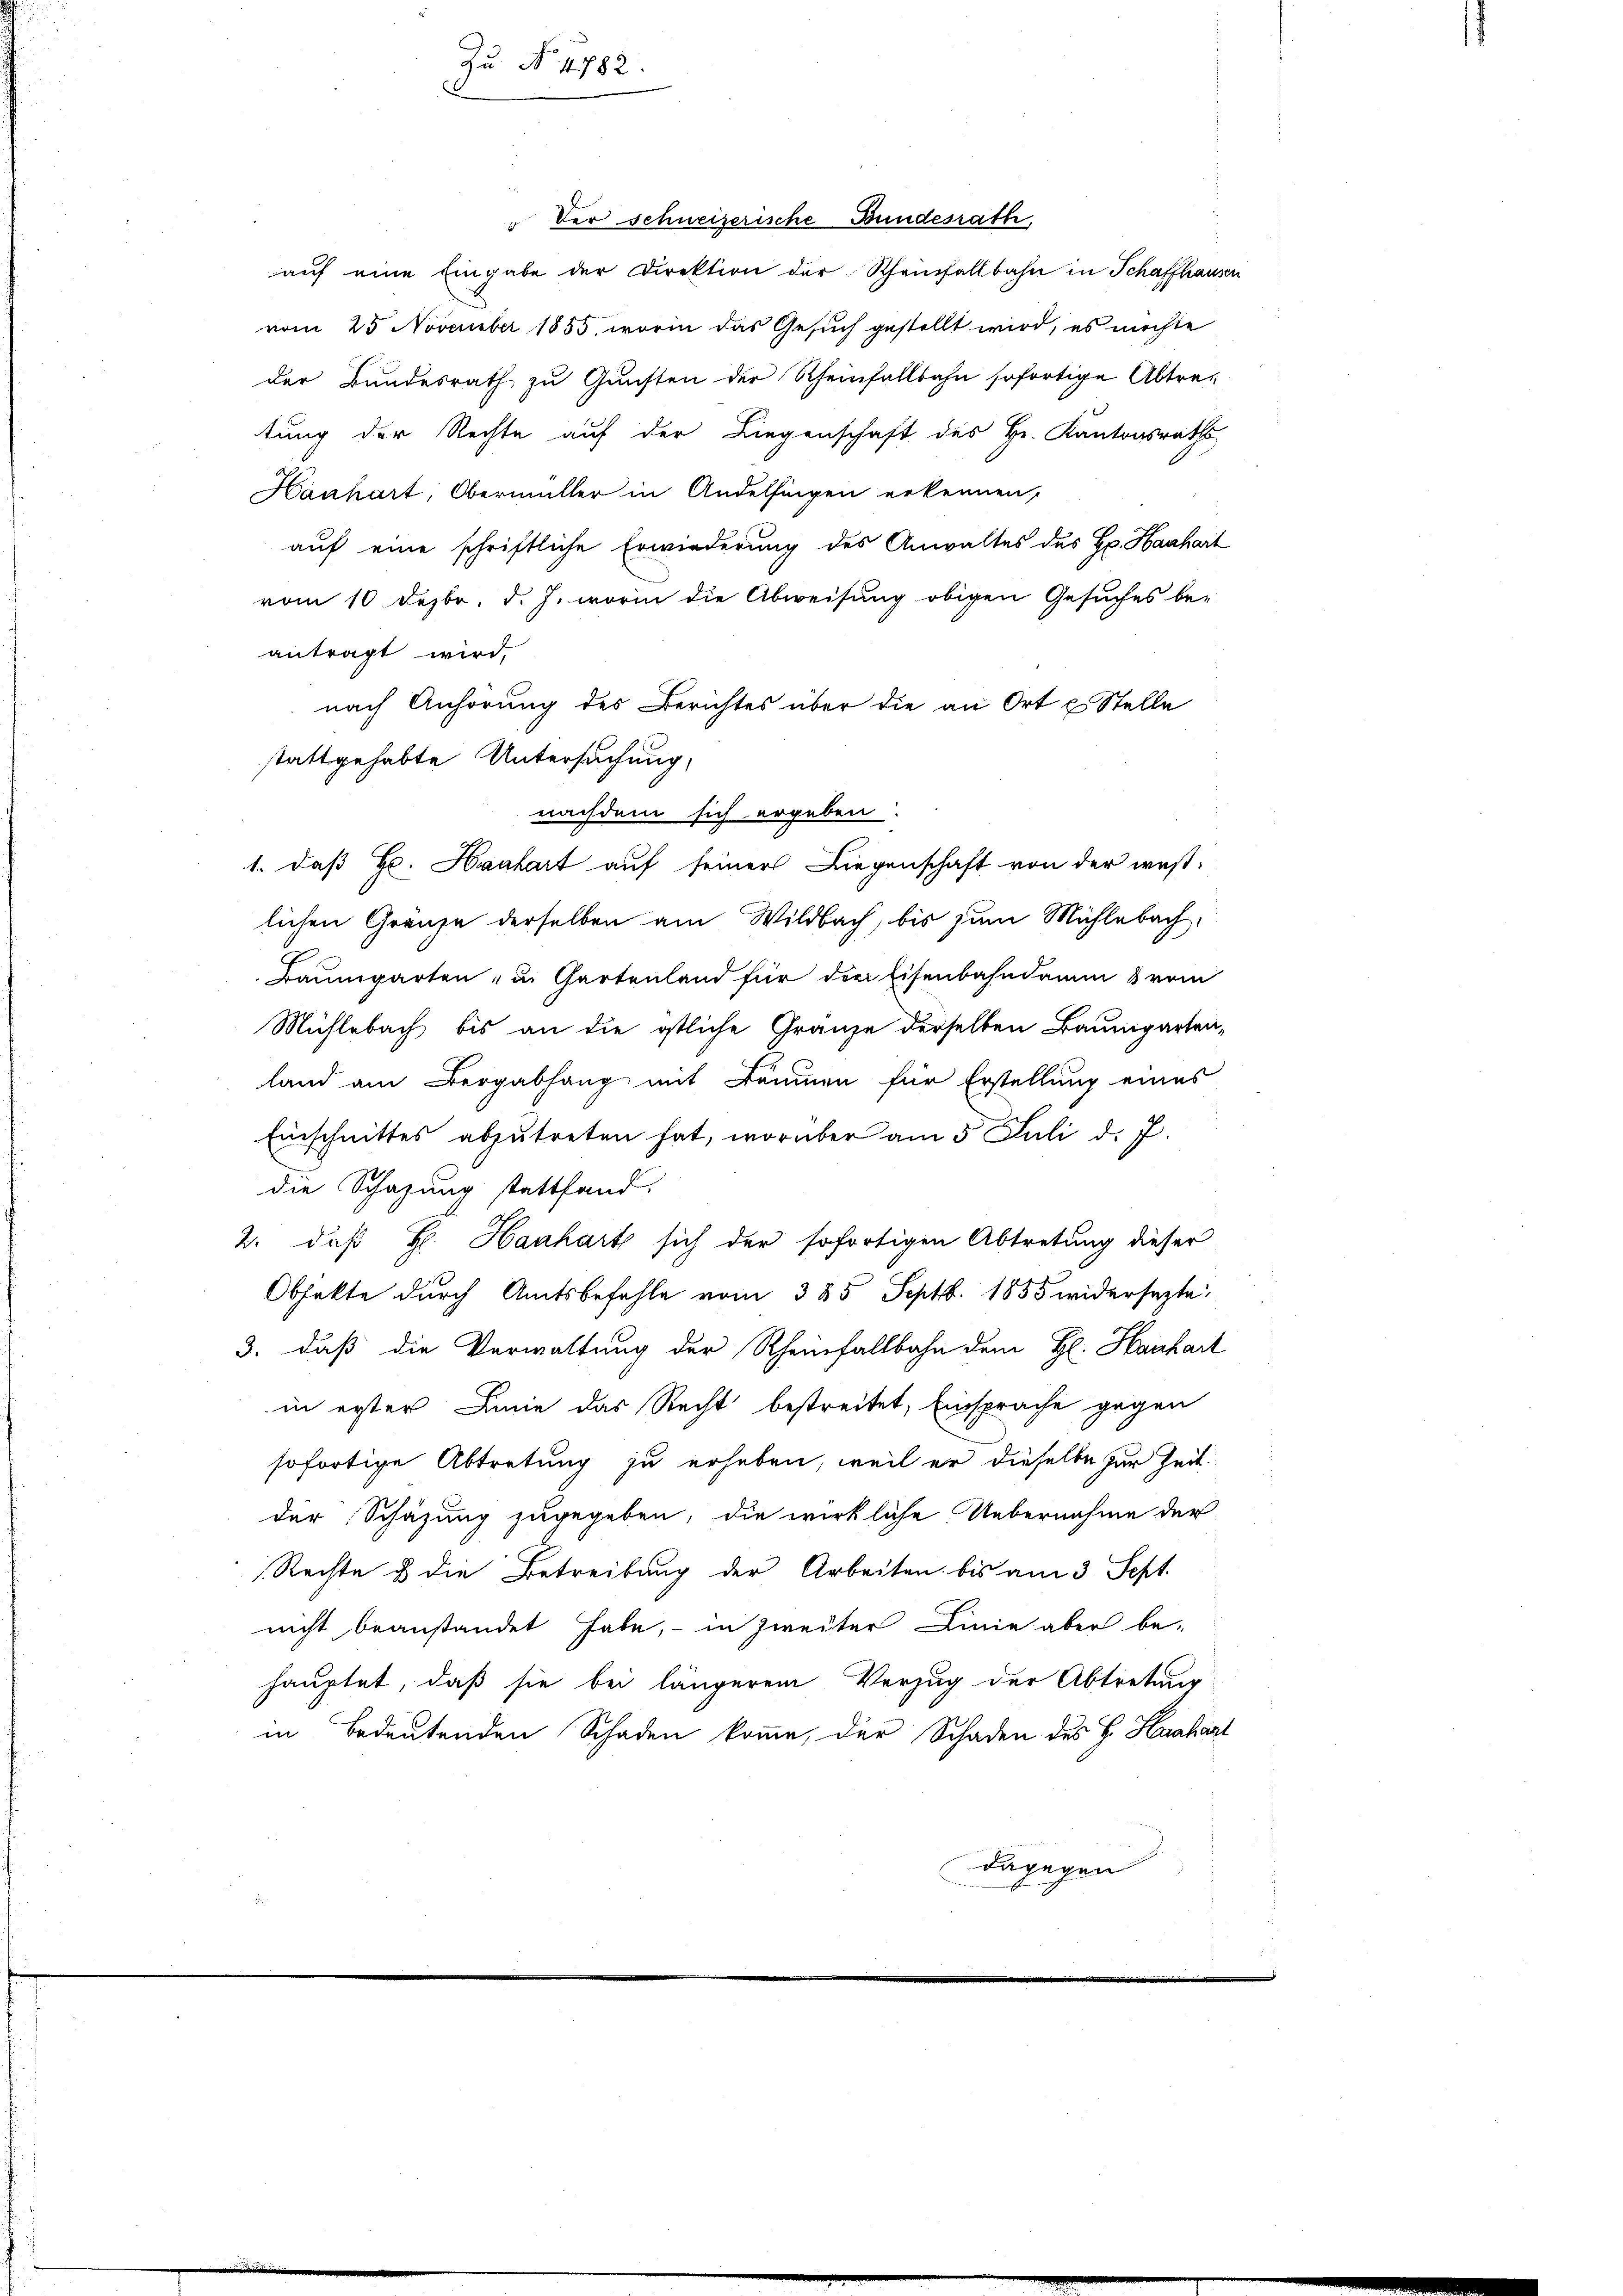
stattgehabte Untersuchung,

zu

auf eine Eingabe der Direktion der Rheinfallbahn in Schaffhausen
vom 25 November 1855, worin das Gesuch gestellt wird, es möchte
der Bundesrath zu Gunsten der Rheinfallbahn sofortige Abtretung der Rechte auf der Liegenschaft des Hr. Kantonsraths
Hanhart, Obermüller in Andelfingen erkennen,
auf eine schriftliche Erwiederung des Anwaltes des H. Hanhart
vom 10 Dezbr. d. J. worin die Abweisung obigen Gesuches be-
antragt wird,
nach Anhörung des Berichtes über die an Ort u. Stelle
nachdem sich ergeben:
1. daß Hr. Hanhart auf seiner Liegenschaft von der weslichen Gränze derselben am Wildbach, bis zum Mühlebach,
Baumgarten, u. Gartenland für drei Eisenbahndamm & vom
Mühlebach bis an die östliche Granze derselben Baumgarten-
land am Bergabhang mit Bäumen für Erstellung eines
Einschnittes abzŭtreten hat, worüber am 5. Juli d. J.
die Schazung stattfand.
2. daß H. Hanhart sich der sofortigen Abtretung dieser
Obsakte durch Amtsbefehle vom 385. Septb. 1855 widersezte
3. daß die Verwaltung der Rheinfallbahn dem H: Hanhart
in erter Linie das Recht bestreitet, Einsprache gegen
sofortige Abtretung zu erheben, weil er dieselbe zur Zeit
der Schazung zugegeben, die wirkliche Uebernahme der
Rechte u die Betreibung der Arbeiten bis am 3. Sept.
nicht beanstandet habe, in zweiter Linie aber be-
hauptet, daß sie bei längerem Verzug der Abtretung
in Bedeutenden Schaden komme, der Schaden des H. Huaharl
dagegen

der schweizerische Bundesrath,